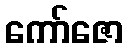
ကော်ဇော